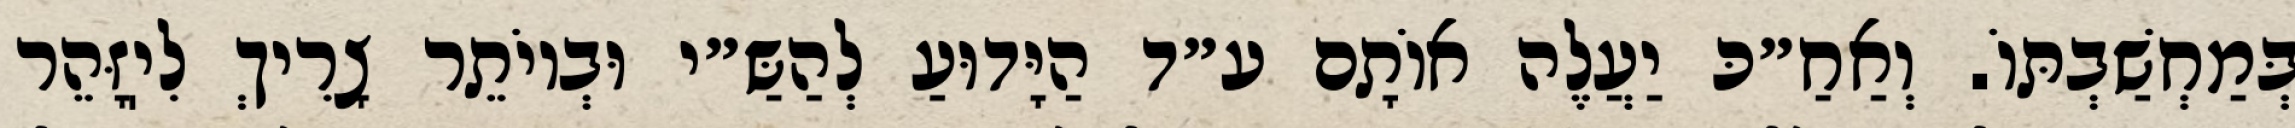
בְּמַחְשַׁבְתּוֹ. וְאַחַ״כּ יַעֲלֶה אוֹתָם ע״ד הַיָּדוּעַ לְהַשַּ״י וּבְיוֹתֵר צָרִיךְ לִיֽזָּהֵר